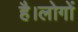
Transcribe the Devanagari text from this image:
है।लोगों